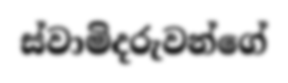
ස්වාමිදරුවන්ගේ